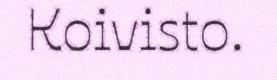
Koivisto.